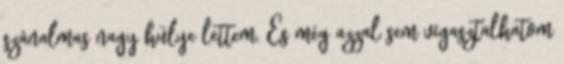
szánalmas nagy hülye lettem. És még azzal sem vigasztalhatom